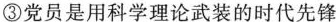
③党员是用科学理论武装的时代先锋